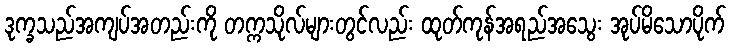
ဒုက္ခသည်အကျပ်အတည်းကို တက္ကသိုလ်များတွင်လည်း ထုတ်ကုန်အရည်အသွေး အုပ်မိသောပိုက်